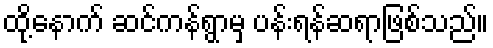
ထို့နောက် ဆင်ကန်ရွာမှ ပန်းရန်ဆရာဖြစ်သည်။